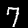
Digit: 7